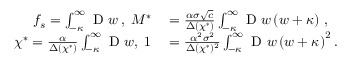
\begin{array} { r l } { f _ { s } = \int _ { - \kappa } ^ { \infty } \mathrm { ~ D ~ } w \, , \; M ^ { * } } & { { } = \frac { \alpha \sigma \sqrt { c } } { \Delta ( \chi ^ { * } ) } \int _ { - \kappa } ^ { \infty } \mathrm { ~ D ~ } w \left( w + \kappa \right) \, , } \\ { \chi ^ { * } = \frac { \alpha } { \Delta ( \chi ^ { * } ) } \int _ { - \kappa } ^ { \infty } \mathrm { ~ D ~ } w , \; 1 } & { { } = \frac { \alpha ^ { 2 } \sigma ^ { 2 } } { \Delta ( \chi ^ { * } ) ^ { 2 } } \int _ { - \kappa } ^ { \infty } \mathrm { ~ D ~ } w \left( w + \kappa \right) ^ { 2 } . } \end{array}